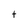
Character: t